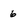
Character: 6